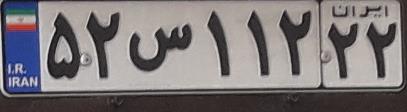
۵۲س۱۱۲۲۲